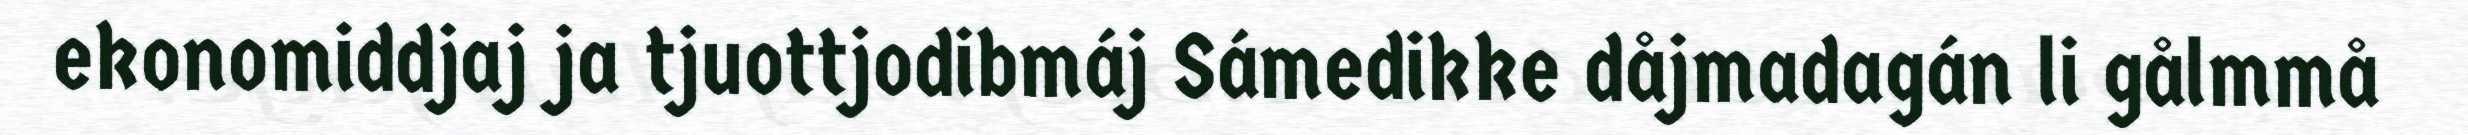
ekonomiddjaj ja tjuottjodibmáj Sámedikke dåjmadagán li gålmmå